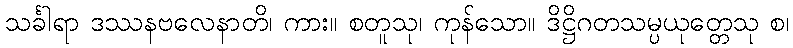
သင်္ခါရာ ဒဿနဗလေနာတိ၊ ကား။ စတူသု၊ ကုန်သော။ ဒိဋ္ဌိဂတသမ္ပယုတ္တေသု စ၊